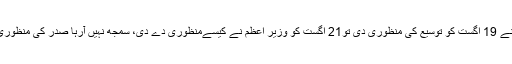
جس پر چیف جسٹس آصف کھوسہ نے کہا تھا صدرنے 19 اگست کو توسیع کی منظوری دی تو21 اگست کو وزیر اعظم نے کیسےمنظوری دے دی، سمجھ نہیں آرہا صدر کی منظوری کے بعد وزیر اعظم نے دوبارہ کیوں منظوری دی۔